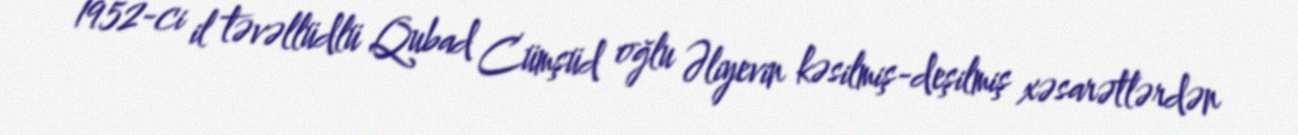
1952-ci il təvəllüdlü Qubad Cümşüd oğlu Əliyevin kəsilmiş-deşilmiş xəsarətlərdən